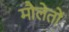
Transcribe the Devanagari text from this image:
मौलेतों